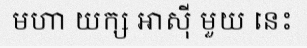
មហា យក្ស អាស៊ី មួយ នេះ